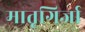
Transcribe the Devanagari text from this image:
मातृगिर्जा